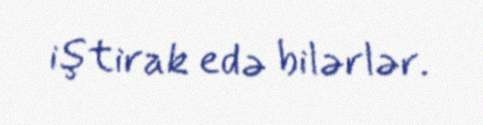
iştirak edə bilərlər.